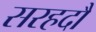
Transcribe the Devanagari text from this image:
सरहदौं